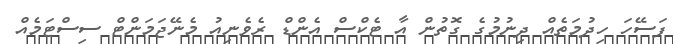
ފަސޭހަ ހިދުމަތެއް ދިނުމުގެ ގޮތުން އާ ޓެކްސް އެންޑް ރެވެނިއު މެނޭޖަމަންޓް ސިސްޓަމެއް